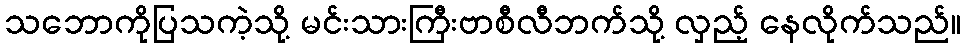
သဘောကိုပြသကဲ့သို့ မင်းသားကြီးဗာစီလီဘက်သို့ လှည့် နေလိုက်သည်။